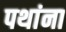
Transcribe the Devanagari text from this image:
पथांना